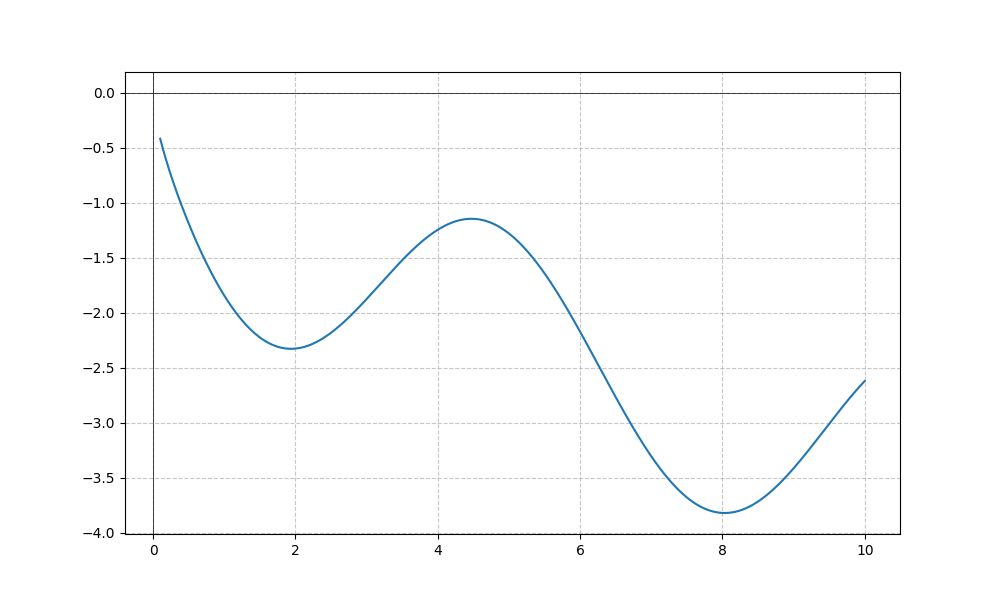
LaTeX formula: - \sqrt{x} - \sin{\left(x \right)}